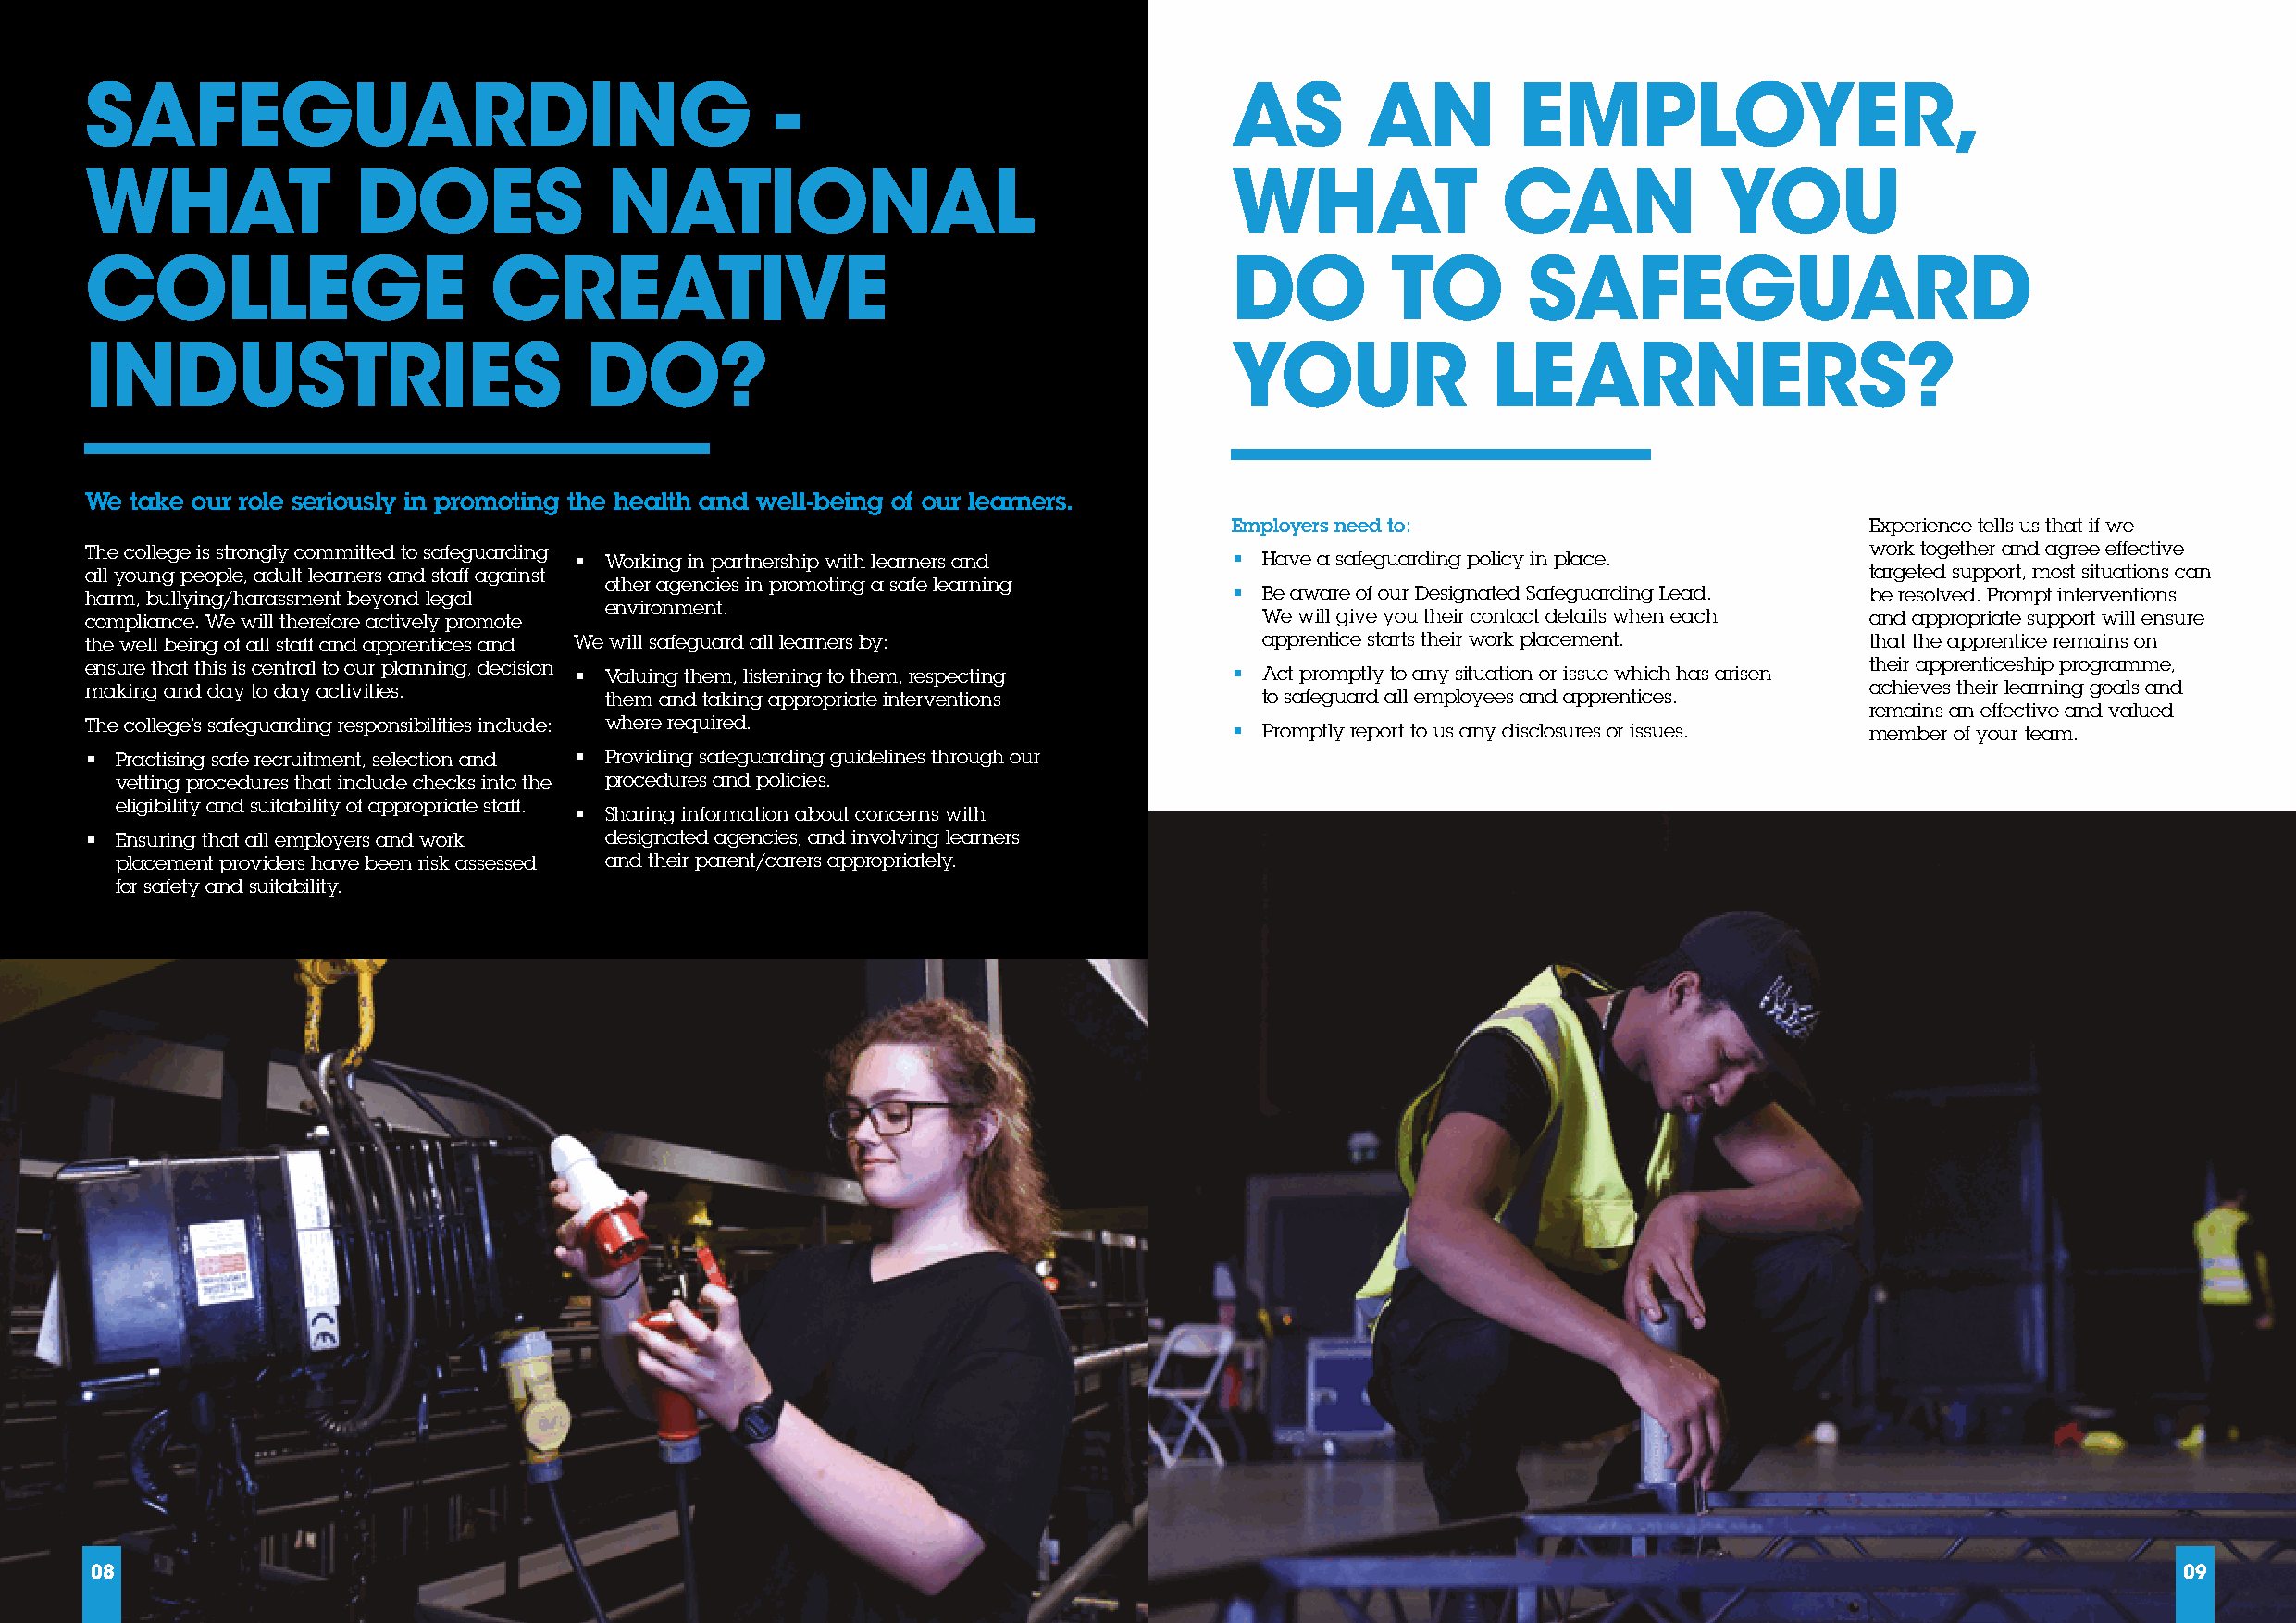
SAFEGUARDING                                     -                                AS        AN         EMPLOYER,
 WHAT               DOES              NATIONAL                                     WHAT               CAN             YOU
 COLLEGE                      CREATIVE                                             DO         TO        SAFEGUARD
 INDUSTRIES                          DO?                                           YOUR               LEARNERS?
 We take our role seriously in promoting the health and well-being of our learners.
 Employers need to:                            Experience tells us that if we
 The college is strongly committed to safeguarding                                                                               work together and agree effective
 • Working in partnership with learners and     • Have a safeguarding policy in place.
 all young people, adult learners and staff against                                                                              targeted support, most situations can
 other agencies in promoting a safe learning
 harm, bullying/harassment beyond legal                                            • Be aware of our Designated Safeguarding Lead. be resolved. Prompt interventions
 environment.
 compliance. We will therefore actively promote                                      We will give you their contact details when each and appropriate support will ensure
 the well being of all staff and apprentices and We will safeguard all learners by:  apprentice starts their work placement.     that the apprentice remains on
 ensure that this is central to our planning, decision • Valuing them, listening to them, respecting • Act promptly to any situation or issue which has arisen their apprenticeship programme,
 making and day to day activities.    them and taking appropriate interventions      to safeguard all employees and apprentices. achieves their learning goals and
 remains an effective and valued
 The college’s safeguarding responsibilities include: where required.              • Promptly report to us any disclosures or issues. member of your team.
 • Practising safe recruitment, selection and • Providing safeguarding guidelines through our
 vetting procedures that include checks into the procedures and policies.
 eligibility and suitability of appropriate staff.
 • Sharing information about concerns with
 • Ensuring that all employers and work designated agencies, and involving learners
 placement providers have been risk assessed and their parent/carers appropriately.
 for safety and suitability.
 08                                                                                                                                                    09